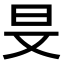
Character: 𣅐